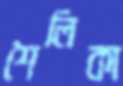
শৈলিকা